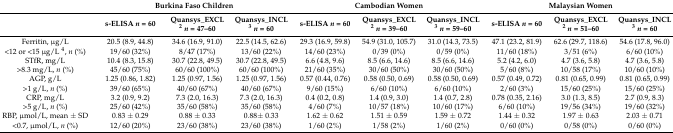
<table><thead><tr><td></td><td colspan="3"><b>Burkina Faso Children</b></td><td colspan="3"><b>Cambodian Women</b></td><td colspan="3"><b>Malaysian Women</b></td></tr><tr><td></td><td><b>s-ELISA <i>n</i> = 60</b></td><td><b>Quansys_EXCL <sup>2</sup><i>n</i> = 47–60</b></td><td><b>Quansys_INCL <sup>3</sup><i>n</i> = 60</b></td><td><b>s-ELISA <i>n</i> = 60</b></td><td><b>Quansys_EXCL <sup>2</sup><i>n</i> = 39–60</b></td><td><b>Quansys_INCL <sup>3</sup><i>n</i> = 59–60</b></td><td><b>s-ELISA <i>n</i> = 60</b></td><td><b>Quansys_EXCL <sup>2</sup><i>n</i> = 51–60</b></td><td><b>Quansys_INCL <sup>3</sup><i>n</i> = 60</b></td></tr></thead><tbody><tr><td>Ferritin, μg/L</td><td>20.5 (8.9, 44.8)</td><td>34.6 (16.9, 91.0)</td><td>22.5 (14.5, 62.6)</td><td>29.3 (16.9, 59.8)</td><td>54.9 (31.0, 105.7)</td><td>31.0 (14.3, 73.5)</td><td>47.1 (23.2, 81.9)</td><td>62.6 (29.7, 118.6)</td><td>54.6 (17.8, 96.0)</td></tr><tr><td>&lt;12 or &lt;15 μg/L <sup>4</sup>, <i>n</i> (%)</td><td>19/60 (32%)</td><td>8/47 (17%)</td><td>13/60 (22%)</td><td>14/60 (23%)</td><td>0/39 (0%)</td><td>0/59 (0%)</td><td>11/60 (18%)</td><td>3/51 (6%)</td><td>6/60 (10%)</td></tr><tr><td>STfR, mg/L</td><td>10.4 (8.3, 15.8)</td><td>30.7 (22.8, 49.5)</td><td>30.7 (22.8, 49.5)</td><td>6.6 (4.8, 9.6)</td><td>8.5 (6.6, 14.6)</td><td>8.5 (6.6, 14.6)</td><td>5.2 (4.2, 6.0)</td><td>4.7 (3.6, 5.8)</td><td>4.7 (3.6, 5.8)</td></tr><tr><td>&gt;8.3 mg/L, <i>n</i> (%)</td><td>45/60 (75%)</td><td>60/60 (100%)</td><td>60/60 (100%)</td><td>21/60 (35%)</td><td>30/60 (50%)</td><td>30/60 (50%)</td><td>5/60 (8%)</td><td>10/58 (17%)</td><td>10/60 (10%)</td></tr><tr><td>AGP, g/L</td><td>1.25 (0.86, 1.82)</td><td>1.25 (0.97, 1.56)</td><td>1.25 (0.97, 1.56)</td><td>0.57 (0.44, 0.76)</td><td>0.58 (0.50, 0.69)</td><td>0.58 (0.50, 0.69)</td><td>0.57 (0.49, 0.72)</td><td>0.81 (0.65, 0.99)</td><td>0.81 (0.65, 0.99)</td></tr><tr><td>&gt;1 g/L, <i>n</i> (%)</td><td>39/60 (65%)</td><td>40/60 (67%)</td><td>40/60 (67%)</td><td>9/60 (15%)</td><td>6/60 (10%)</td><td>6/60 (10%)</td><td>2/60 (3%)</td><td>15/60 (25%)</td><td>15/60 (25%)</td></tr><tr><td>CRP, mg/L</td><td>3.2 (0.9, 9.2)</td><td>7.3 (2.0, 16.3)</td><td>7.3 (2.0, 16.3)</td><td>0.4 (0.2, 0.8)</td><td>1.4 (0.9, 3.0)</td><td>1.4 (0.7, 2.8)</td><td>0.78 (0.35, 2.16)</td><td>3.0 (1.3, 8.5)</td><td>2.7 (0.9, 8.3)</td></tr><tr><td>&gt;5 g/L, <i>n</i> (%)</td><td>25/60 (42%)</td><td>35/60 (58%)</td><td>35/60 (58%)</td><td>4/60 (7%)</td><td>10/57 (18%)</td><td>10/60 (17%)</td><td>6/60 (10%)</td><td>19/56 (34%)</td><td>19/60 (32%)</td></tr><tr><td>RBP, μmol/L, mean ± SD</td><td>0.83 ± 0.29</td><td>0.88 ± 0.33</td><td>0.88± 0.33</td><td>1.62 ± 0.62</td><td>1.51 ± 0.59</td><td>1.59 ± 0.72</td><td>1.44 ± 0.32</td><td>1.97 ± 0.63</td><td>2.03 ± 0.71</td></tr><tr><td>&lt;0.7, μmol/L, <i>n</i> (%)</td><td>12/60 (20%)</td><td>23/60 (38%)</td><td>23/60 (38%)</td><td>1/60 (2%)</td><td>1/58 (2%)</td><td>1/60 (2%)</td><td>0/60 (0%)</td><td>0/58 (0%)</td><td>0/60 (0%)</td></tr></tbody></table>